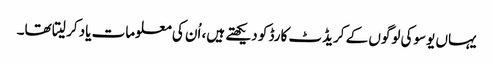
یہاں یوسوکی لوگوں کے کریڈٹ کارڈ کو دیکھتے ہیں، اُن کی معلومات یاد کر لیتا تھا۔